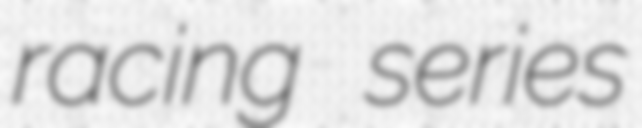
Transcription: racing series